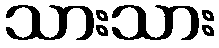
သားသား